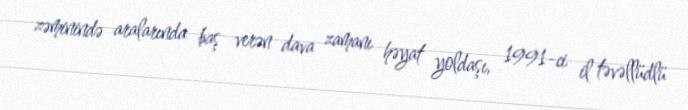
zəminində aralarında baş verən dava zamanı həyat yoldaşı, 1991-ci il təvəllüdlü